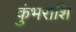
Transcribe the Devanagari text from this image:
कुंभराशि